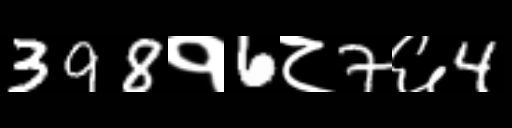
Text: 398१6८7६4